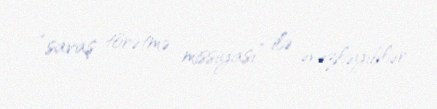
“savaş törətmə missiyası” ilə əvəzləyiblər.